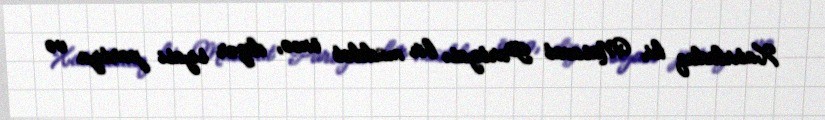
Xatırladaq ki, Müsavat Partiyası bir müddət öncə, digər siyasi partiya və